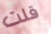
قلت